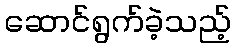
ဆောင်ရွက်ခဲ့သည့်